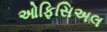
ઓફિસિઅલ